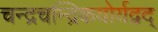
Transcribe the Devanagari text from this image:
चन्द्रचन्द्रिकयोर्यद्वद्